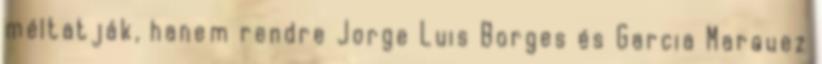
méltatják, hanem rendre Jorge Luis Borges és Garcia Marquez